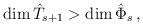
LaTeX: \begin{align*}\textrm{dim}\,\hat{T}_{s+1}>\textrm{dim}\, \hat{\Phi}_{s}\,,\end{align*}